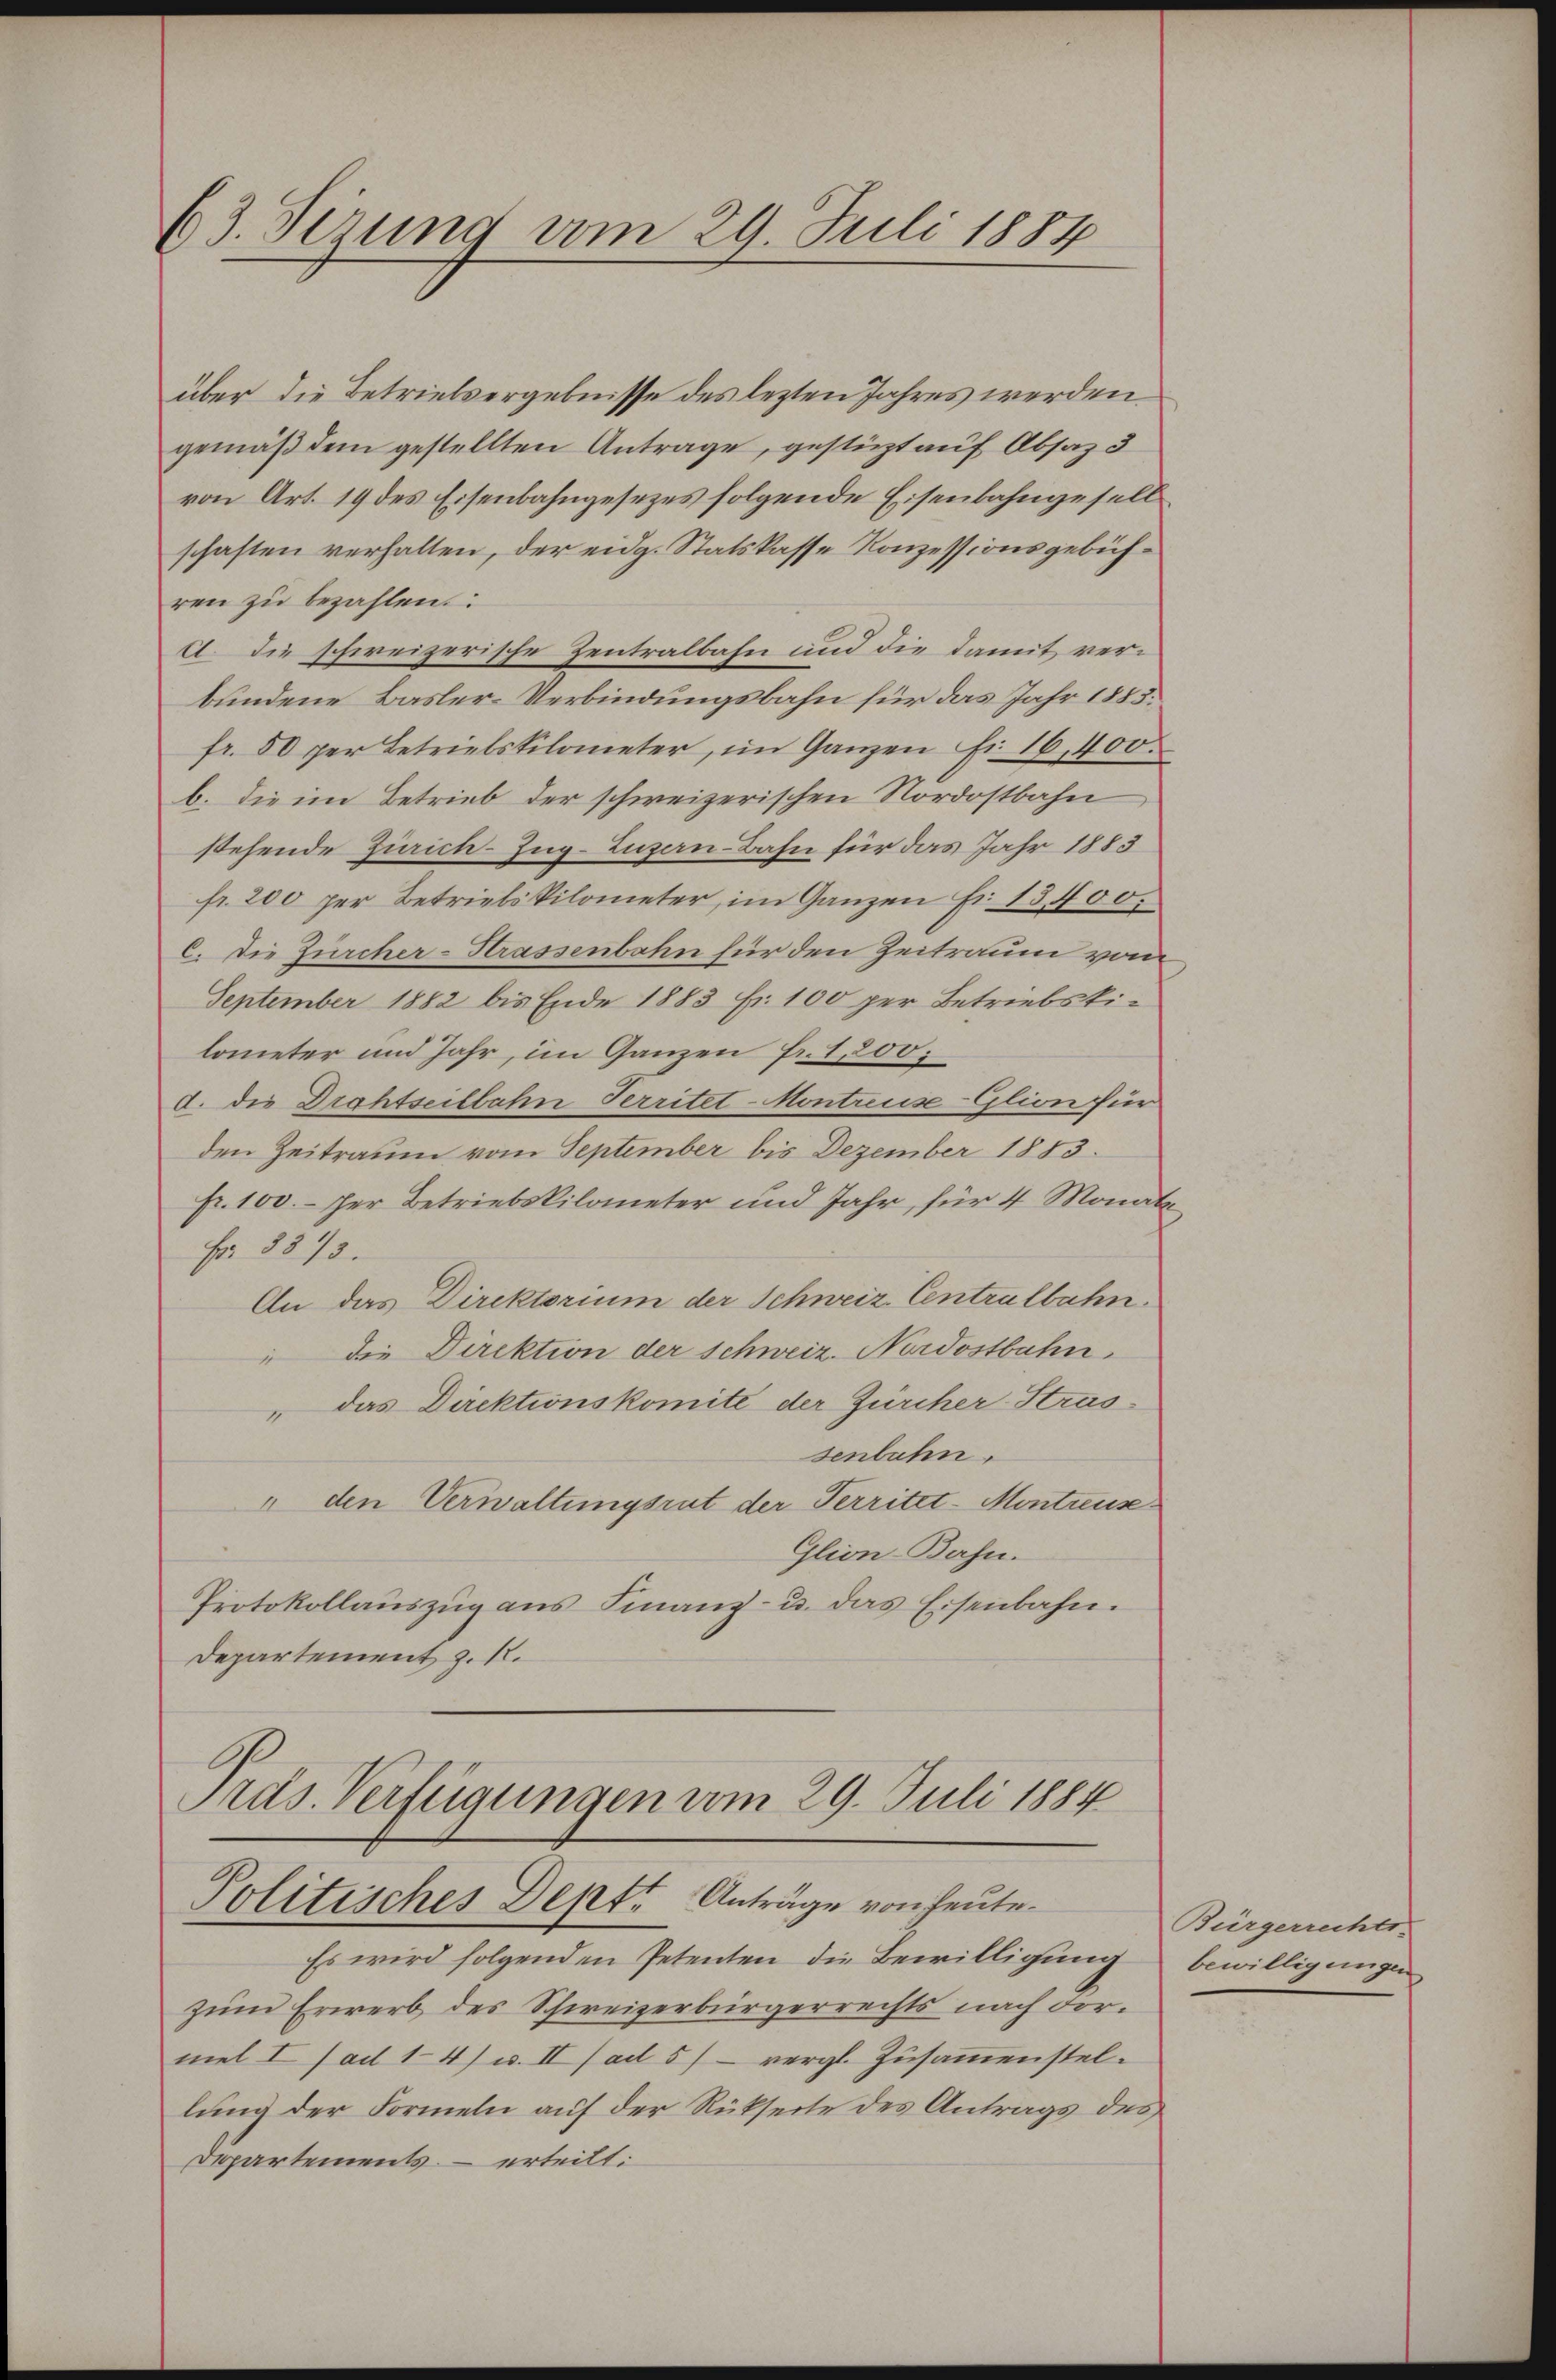
63. Verung vom 29. Juli 1884

über die Betriebsergebnisse des lezten Jahres werden.
gemäß dem gestellten Antrage, gestüzt auf Absaz 3
von Art. 19 des Eisenbahngesezes folgende Eisenbahngesell
schaften verhalten, der eidg. Statskasse Konzessionsgebühren zu bezahlen.
d. Die schweizerische Zentralbahn und die damit verbundene Basler-Verbindungsbahn für das Jahr 1885.
fr. 50 per Betriebskilometer, im Ganzen Fr. 16, 400.
b. die im Betrieb der schweizerischen Nordostbahn
stehende Zürich–Zug–Luzen-Bahn für das Jahr 1883
fr. 200 per BetriebsVilometer, im Ganzen Fr. 13400.
C. Die Zürcher-Strassenbahn für den Zeitraum vom
September 1882 bis Ende 1883 Fr. 100 per Betriebstilometer und Jahr, im Ganzen Fr. 1,200;
d. die Drahtseitbahn Territet-Montreuse-Glion für
den Zeitraum vom September bis Dezember 1883.
Fr. 100.- per Betriebskilometer und Jahr, für 4 Monats
Fr. 1873.
An das Direktorium der Schweiz. Centralbahn.
" die Direktion der Schweiz. Nordostbahn,
"das Direktionskomité der Zürcher-Stras
senbahn.
" den Verwaltungsrat der Territet-Montause¬
Glion-Bahn.
Protokollaŭszŭg ans Finanz- u. das Eisenbahn.
Departement z. R.

Präs. Verfügungen vom 29. Juli 1884
Politisches Depts Anträge von heute.

Es wird folgenden Petenten die Bewilligung
zum Erwerb des Schweizerbürgerrechts nach dormel I (ad 14) u. II (ad 5) vergl. Zusammenstel-
lung der Formeln auf der Rückseite des Antrags des
Departements erteilt:

Bürgerrechts.
bewilligungen